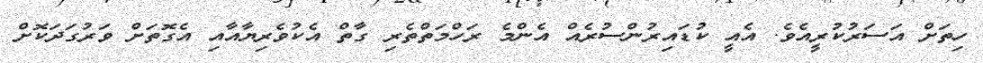
ހިތަށް އަސަރުކުރީއެވެ. އެއީ ކުޑައިރުންސުރެއް އެންމެ ރަހްމަތްތެރި ގާތް އެކުވެރިޔާއާއި އެގޮތަށް ވަރުގަދަކޮށް